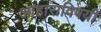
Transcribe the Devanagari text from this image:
आहाराविषयी